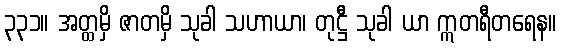
၃၃၁။ အတ္ထမှိ ဇာတမှိ သုခါ သဟာယာ၊ တုဋ္ဌီ သုခါ ယာ ဣတရီတရေန။